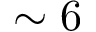
\sim 6